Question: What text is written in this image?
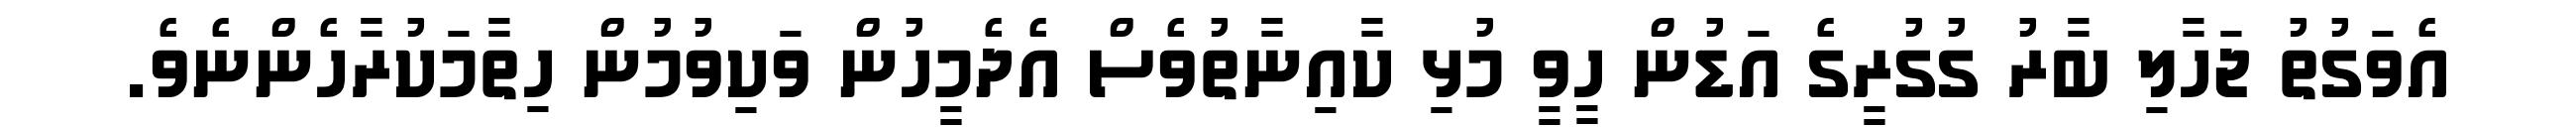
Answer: އެވަގުތު ޖަހާލި ބާރު ގުގުރީގެ އަޑުން ހީވީ މުޅި ކާއިނާތުވެސް އެދެމީހުން ވަކިވުމުން ހިތާމަކުރާހެންނެވެ.